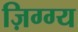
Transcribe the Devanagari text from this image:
ज़िग्ग्य